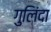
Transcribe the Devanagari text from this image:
गुलिंदा